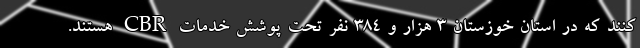
کنند که در استان خوزستان ۳ هزار و ۳۸۴ نفر تحت پوشش خدمات CBR هستند.